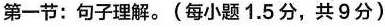
第一节：句子理解。(每小题1.5分，共9分)